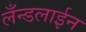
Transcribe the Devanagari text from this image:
लँन्डलाईन